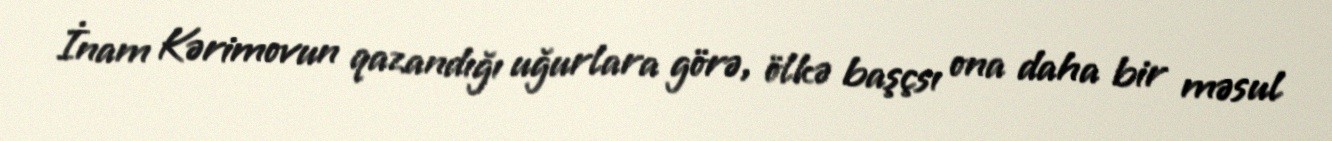
İnam Kərimovun qazandığı uğurlara görə, ölkə başçsı ona daha bir məsul